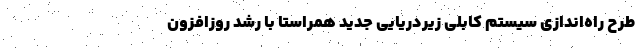
طرح راه‌اندازی سیستم کابلی زیردریایی جدید همراستا با رشد روزافزون